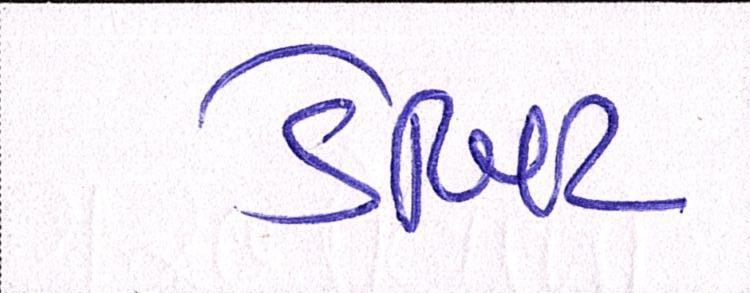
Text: ડેબિટ